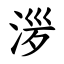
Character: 㳨